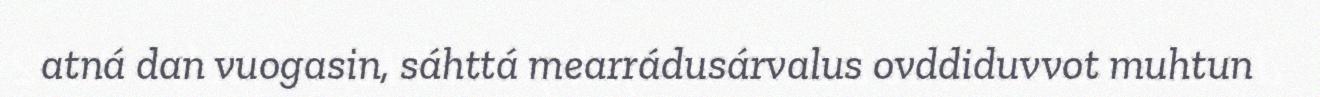
atná dan vuogasin, sáhttá mearrádusárvalus ovddiduvvot muhtun